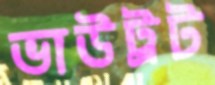
ভাউট্রট